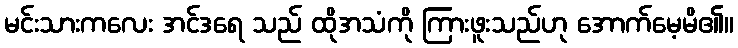
မင်းသားကလေး အင်ဒရေ သည် ထိုအသံကို ကြားဖူးသည်ဟု အောက်မေ့မိ၏။